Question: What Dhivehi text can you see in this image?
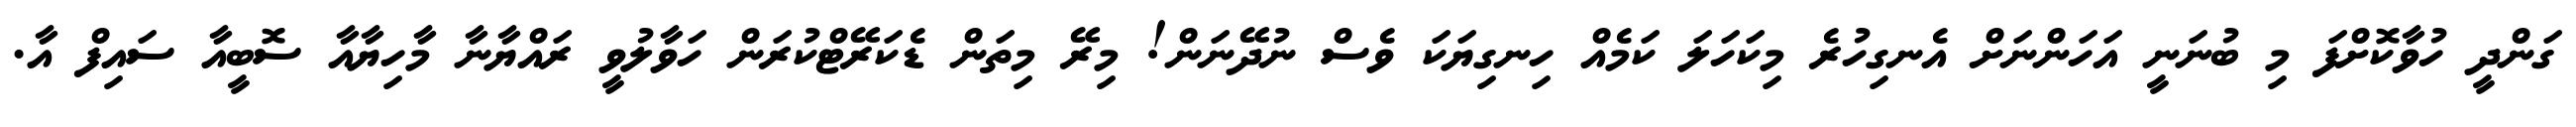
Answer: ގަންދީ ހުވާކޮށްފަ މި ބުނަނީ އަހަންނަށް އެނގިހުރެ މިކަހަލަ ކަމެއް ހިނގިޔަކަ ވެސް ނުދޭނަން! މިރޭ މިތަން ޑެކަރޭޓްކުރަން ހަވާލުވީ ރައްޔާނާ މާހިޔާއާ ސޮބީއާ ސައިފް އާ.